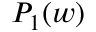
P _ { 1 } ( w )